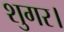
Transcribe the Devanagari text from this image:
शुगर।